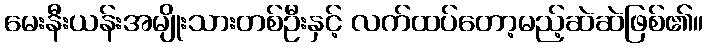
မေးနီးယန်းအမျိုးသားတစ်ဦးနှင့် လက်ထပ်တော့မည့်ဆဲဆဲဖြစ်၏။